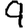
Digit: 9